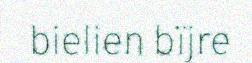
bielien bïjre